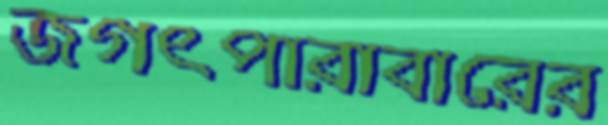
জগৎপারাবারের